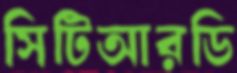
সিটিআরডি